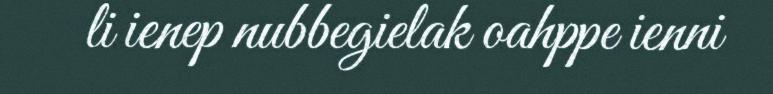
li ienep nubbegielak oahppe ienni